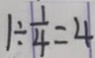
1 \div \frac { 1 } { 4 } = 4